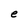
Character: e